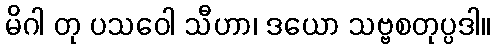
မိဂါ တု ပသဝေါ သီဟာ၊ ဒယော သဗ္ဗစတုပ္ပဒါ။